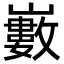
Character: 𡾄